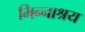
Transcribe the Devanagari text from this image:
भिन्नाश्रय